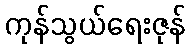
ကုန်သွယ်ရေးဇုန်